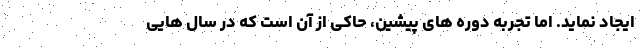
ایجاد نماید. اما تجربه دوره های پیشین، حاکی از آن است که در سال هایی